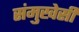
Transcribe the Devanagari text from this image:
संमुखेसी